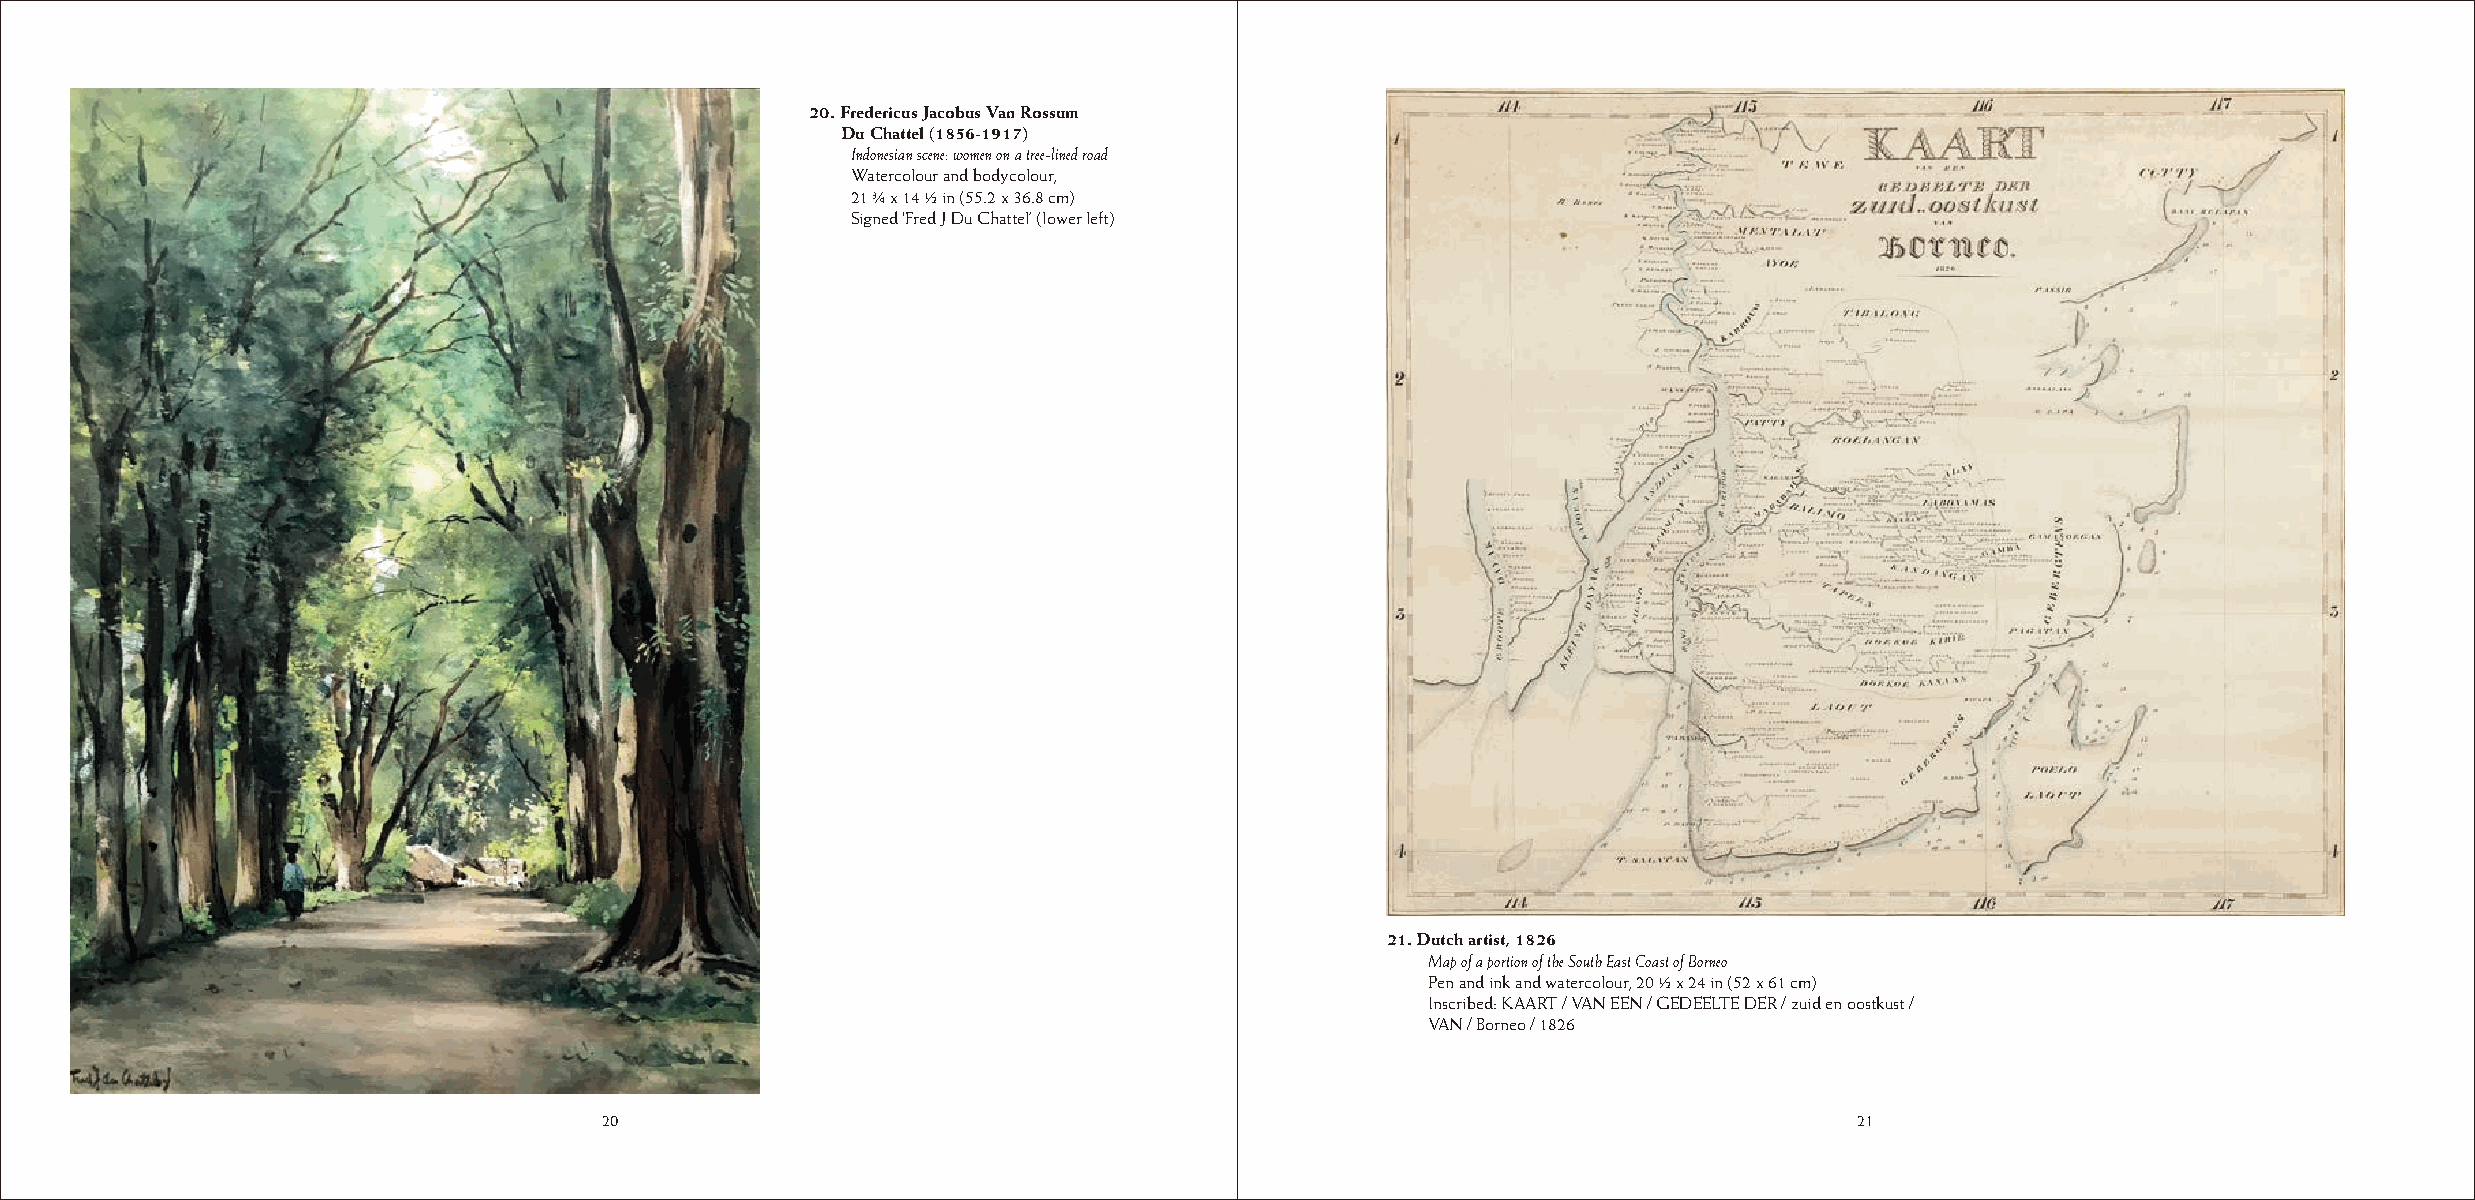
20. Fredericus Jacobus Van Rossum
 Du Chattel (1856-1917)
 Indonesian scene: women on a tree-lined road
 Watercolour and bodycolour,
 21 ¾ x 14 ½ in (55.2 x 36.8 cm)
 Signed ‘Fred J Du Chattel’ (lower left)
 21. Dutch artist, 1826
 Map of a portion of the South East Coast of Borneo
 Pen and ink and watercolour, 20 ½ x 24 in (52 x 61 cm)
 Inscribed: KAART / VAN EEN / GEDEELTE DER / zuid en oostkust /
 VAN / Borneo / 1826
 20                                                                                 21
 20                                                                                 21